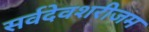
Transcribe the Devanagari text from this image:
सर्वदेवशरीजम